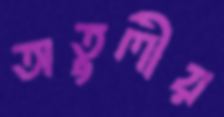
অতুলীয়